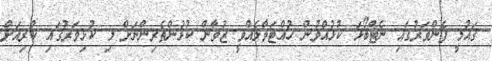
ޤައުމީ ފެންވަރުގައި ނެޓްބޯޅަ ކުޅުއްވުން ހުއްޓަވާލެއްވީ ޒުވާން ކުޅުންތެރިންނަށް މި ކުޅިވަރުގައި ކުރިއަށް